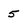
Character: 5